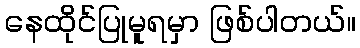
နေထိုင်ပြုမူရမှာ ဖြစ်ပါတယ်။